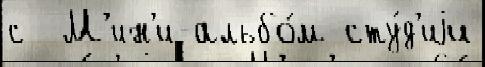
с  М'ин'и-альбо́м сту́д'иjи